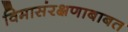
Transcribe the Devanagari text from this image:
विमासंरक्षणाबाबत